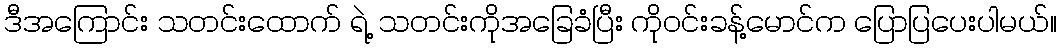
ဒီအကြောင်း သတင်းထောက် ရဲ့ သတင်းကိုအခြေခံပြီး ကိုဝင်းခန့်မောင်က ပြောပြပေးပါမယ်။